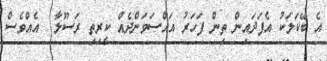
އެ ބޭކަލަކު އެފަދައިން ތިން ފަހަރު އައްސަވަންދެއް ކީރިތި ރަސޫލާ  އެއްވެސް